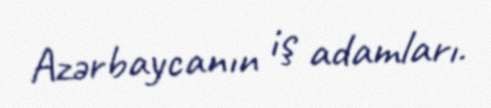
Azərbaycanın iş adamları.